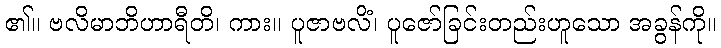
၏။ ဗလိမာဘိဟာရီတိ၊ ကား။ ပူဇာဗလိံ၊ ပူဇော်ခြင်းတည်းဟူသော အခွန်ကို။